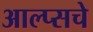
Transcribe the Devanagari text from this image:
आल्प्सचे